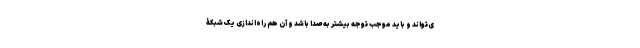
ی‌تواند و باید موجب توجه بیشتر به صدا باشد و آن هم راه‌اندازی یک شبکۀ